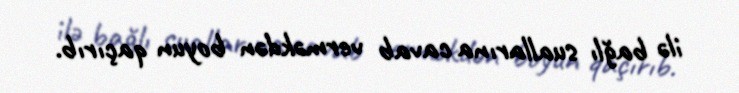
ilə bağlı suallarına cavab verməkdən boyun qaçırıb.